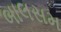
બાલસમ